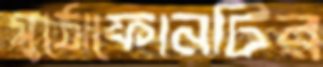
মুঠোফোনটির